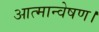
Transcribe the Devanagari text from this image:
आत्मान्वेषण।